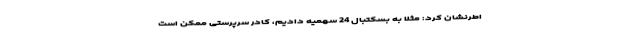
اطرنشان کرد: مثلا به بسکتبال 24 سهمیه دادیم، کادر سرپرستی ممکن است